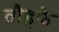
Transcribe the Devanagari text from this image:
तौहफे